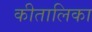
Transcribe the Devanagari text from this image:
कीतालिका